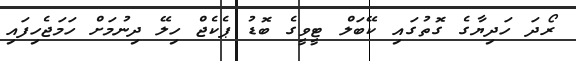
ރޯދަ ހަދިޔާގެ ގޮތުގައި ކޭބަލް ޓީވީގެ ބޮޑު ޕެކެޖް ހިލޭ ދިނުމަށް ހަމަޖެހިފައި